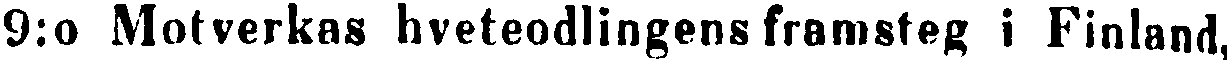
9:o Motverkas hveteodlingens framsteg i Finland,